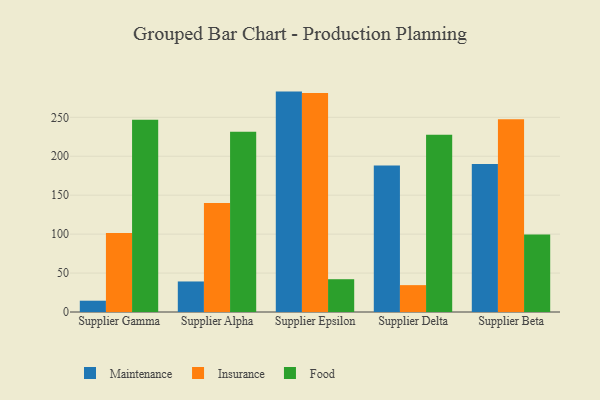
{"axis": {"x": "Supplier", "y": "Energy Usage (MWh)"}, "legend": ["Food", "Insurance", "Maintenance"], "data": [{"x": "Supplier Gamma", "y": 14.5, "type": "Maintenance"}, {"x": "Supplier Gamma", "y": 101.3, "type": "Insurance"}, {"x": "Supplier Gamma", "y": 246.8, "type": "Food"}, {"x": "Supplier Alpha", "y": 39.2, "type": "Maintenance"}, {"x": "Supplier Alpha", "y": 140.1, "type": "Insurance"}, {"x": "Supplier Alpha", "y": 231.6, "type": "Food"}, {"x": "Supplier Epsilon", "y": 283.0, "type": "Maintenance"}, {"x": "Supplier Epsilon", "y": 281.2, "type": "Insurance"}, {"x": "Supplier Epsilon", "y": 42.1, "type": "Food"}, {"x": "Supplier Delta", "y": 188.1, "type": "Maintenance"}, {"x": "Supplier Delta", "y": 34.5, "type": "Insurance"}, {"x": "Supplier Delta", "y": 227.6, "type": "Food"}, {"x": "Supplier Beta", "y": 190.1, "type": "Maintenance"}, {"x": "Supplier Beta", "y": 247.5, "type": "Insurance"}, {"x": "Supplier Beta", "y": 99.4, "type": "Food"}]}